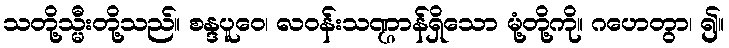
သတို့သ္မီးတို့သည်။ စန္ဒပူဝေ၊ လဝန်းသဏ္ဌာန်ရှိသော မုံ့တို့ကို။ ဂဟေတွာ၊ ၍။